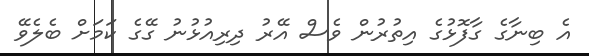
އެ ބިނާގެ ގާފޮޅުގެ އިތުރުން ވެސް އޭރު ދިރިއުޅުނު ގޭގެ ކަމަށް ބެލެވޭ